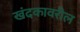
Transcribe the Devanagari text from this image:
खंदकावरील